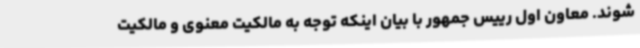
شوند. معاون اول رییس جمهور با بیان اینکه توجه به مالکیت معنوی و مالکیت